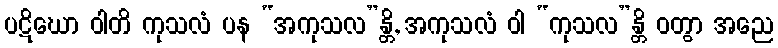
ပဋိဃော ဝါတိ ကုသလံ ပန “အကုသလ”န္တိ, အကုသလံ ဝါ “ကုသလ”န္တိ ဝတွာ အညေ